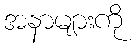
အနာများကို